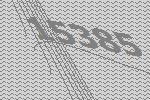
15385